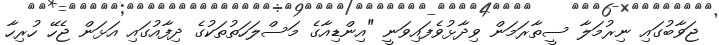
ޖަވާބުގައި ނިރުމަލާ ސީތާރަމަން ވިދާޅުވެފައިވަނީ "އިންޑިއާގެ މަސްލަހަތުތަކުގެ ދިފާއުގައި އަޅަން ޖެހޭ ހުރިހާ